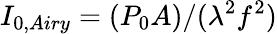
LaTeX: I_{0,Airy}=(P_{0}A)/(\lambda^{2}f^{2})